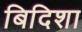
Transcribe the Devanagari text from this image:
बिदिशा